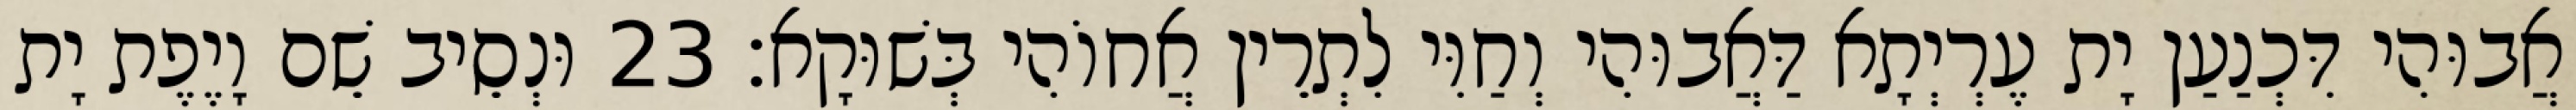
אֲבוּהִי דִּכְנַעַן יָת עֶרְיְתָא דַּאֲבוּהִי וְחַוִּי לִתְרֵין אֲחוֹהִי בְּשׁוּקָא׃ 23 וּנְסֵיב שֵׁם וָיֶפֶת יָת